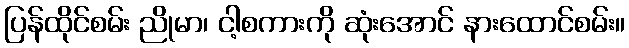
ပြန်ထိုင်စမ်း ညိုမာ၊ ငါ့စကားကို ဆုံးအောင် နားထောင်စမ်း။